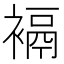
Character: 䙐